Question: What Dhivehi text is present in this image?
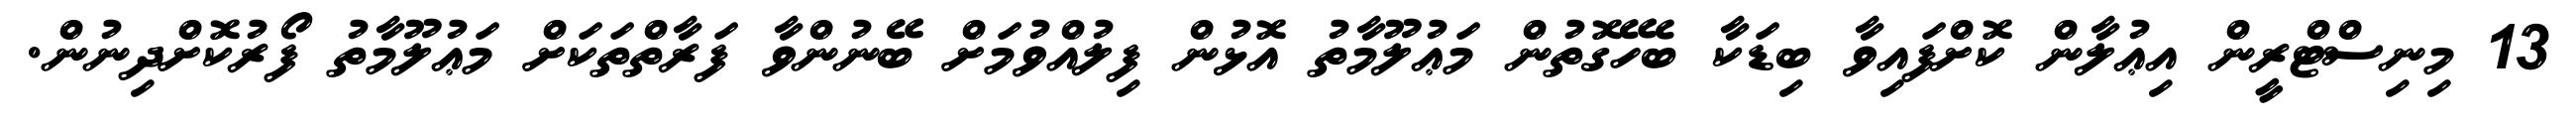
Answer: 13 މިނިސްޓްރީން އިޢުލާން ކޮށްފައިވާ ބިޑަކާ ބެހޭގޮތުން މަޢުލޫމާތު އޮޅުން ފިލުއްވުމަށް ބޭނުންވާ ފަރާތްތަކަށް މަޢުލޫމާތު ފޯރުކޮށްދިނުން.